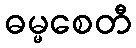
ဓမ္မစေတီ